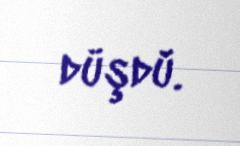
düşdü.